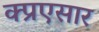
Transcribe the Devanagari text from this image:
क्प्रएसार